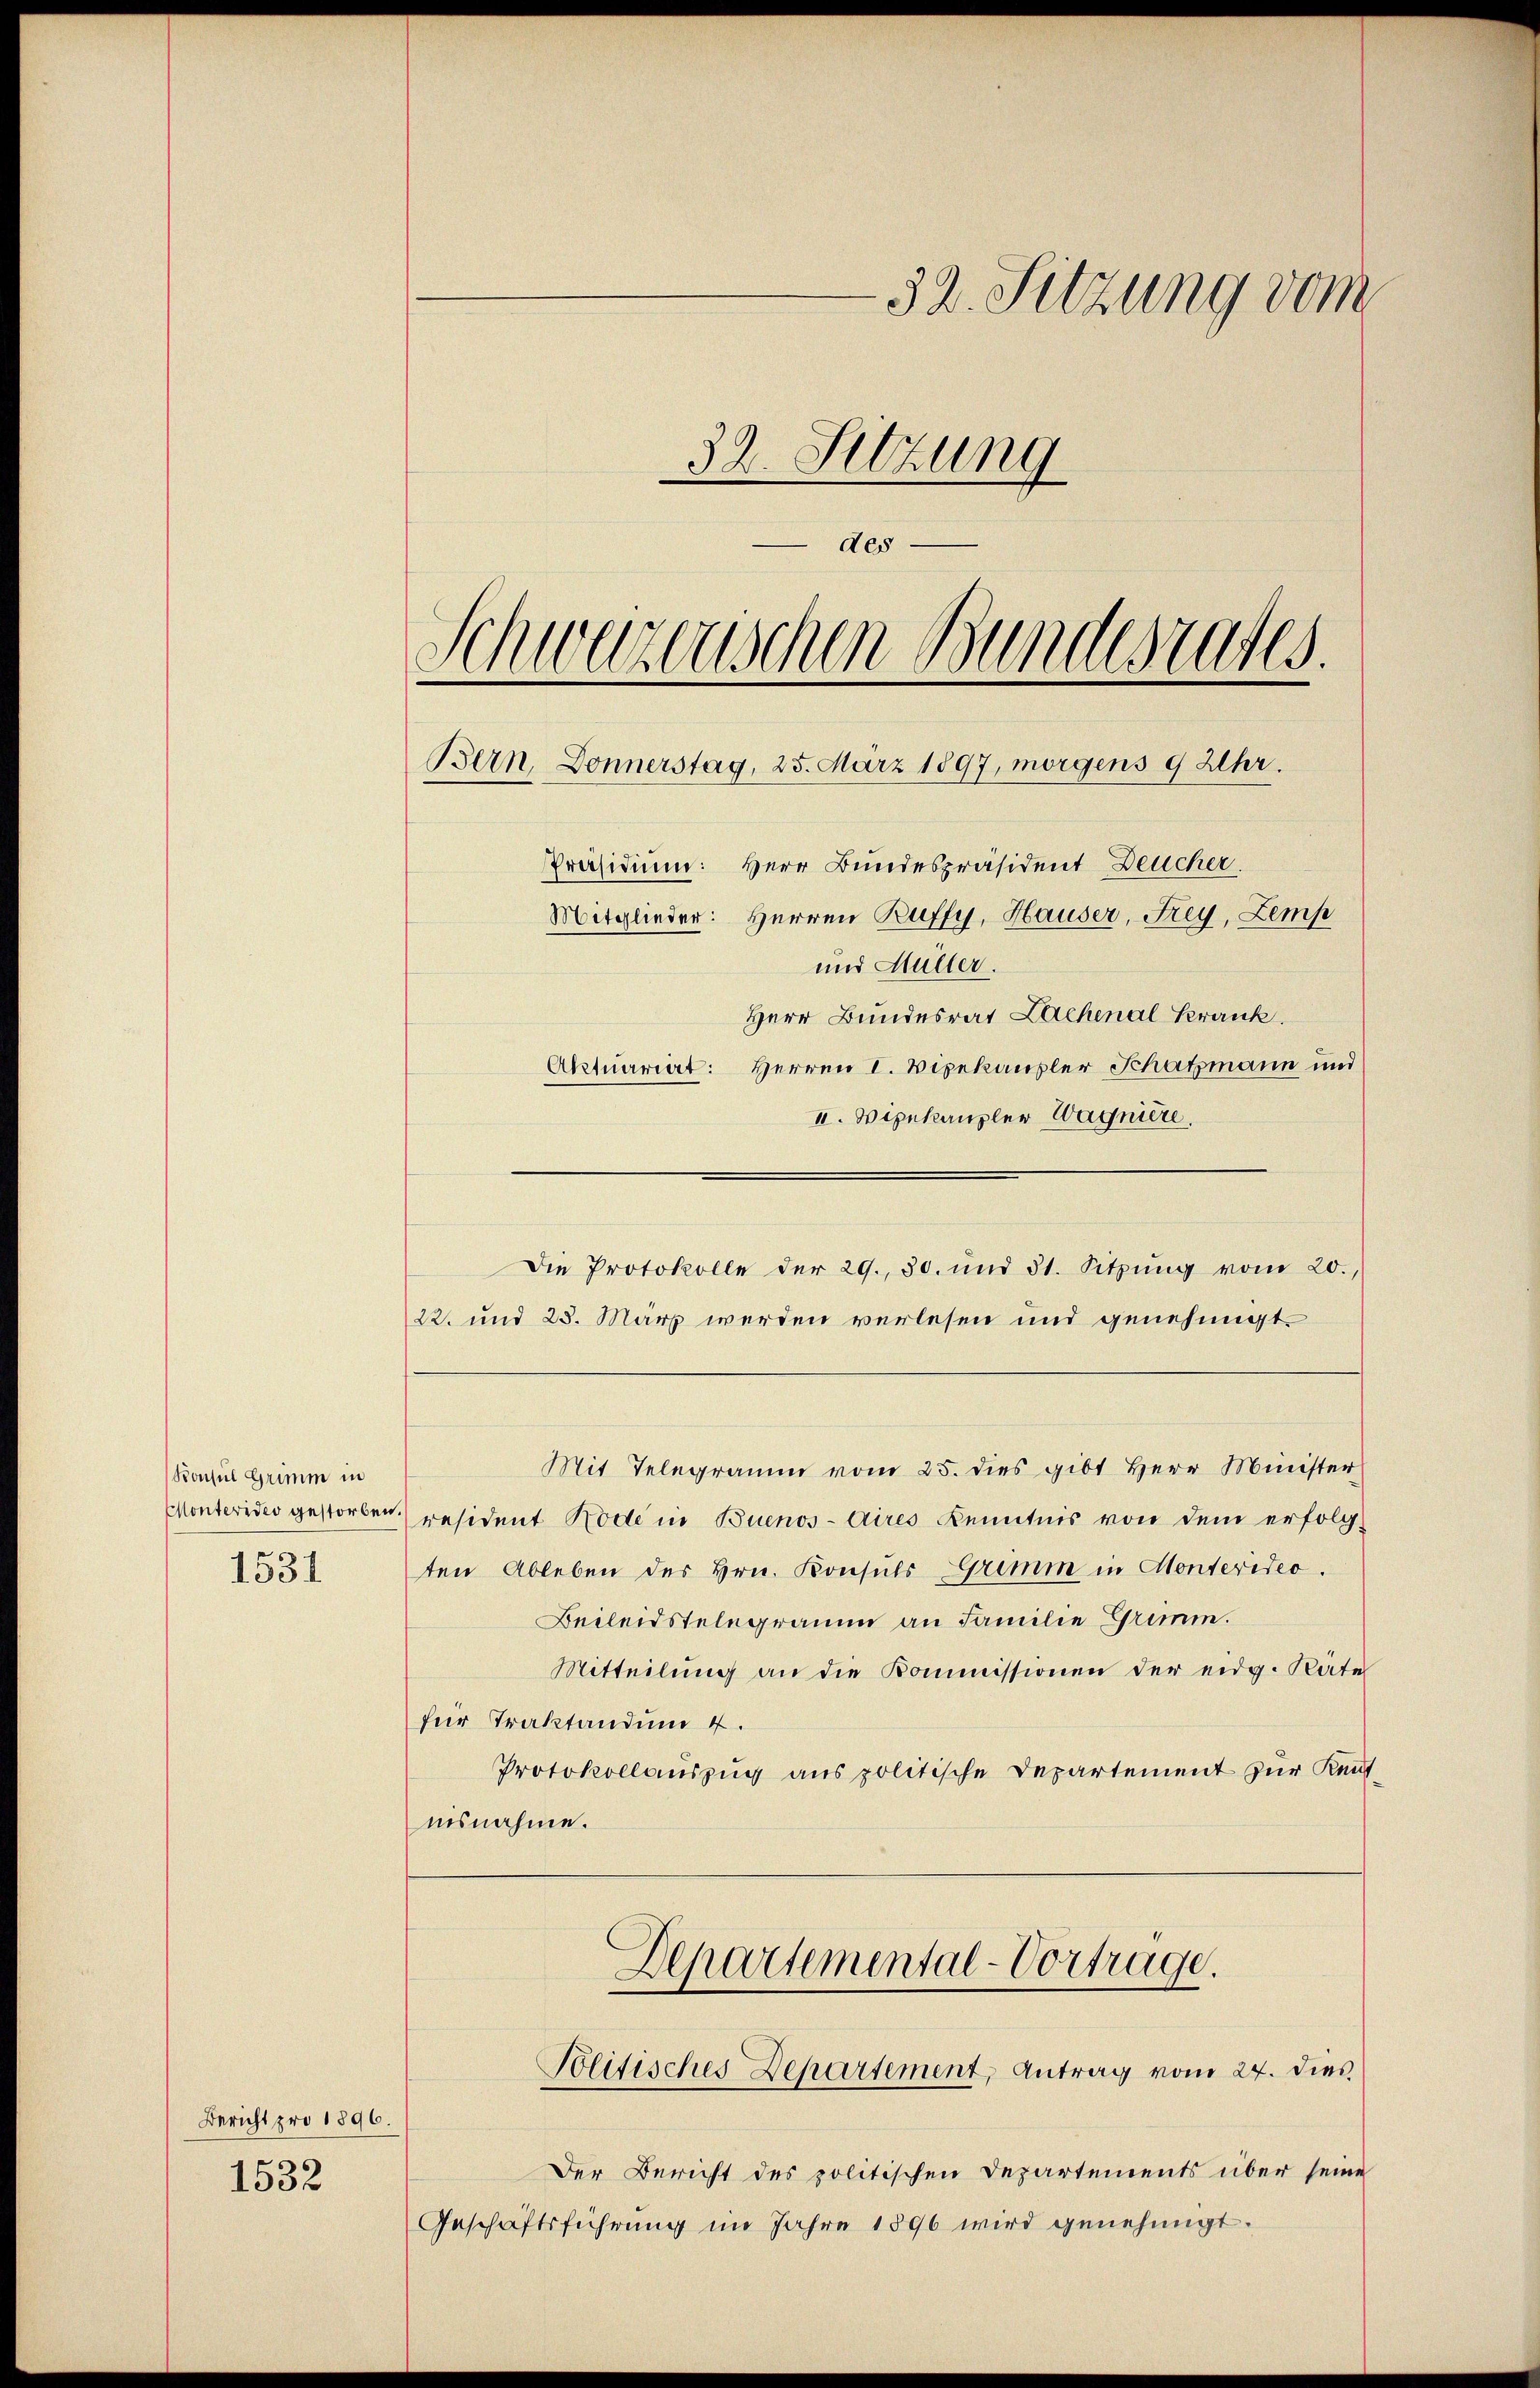
Bonsul Grimm in
1531

Bericht pro 1896.
1532

32. Sitzung vom
32. Sitzung
des
Schwazenischen Bundesrates.
Bern, Donnerstag, 25. März 1897, morgens 9 Uhr.
Präsidium: Herr Bundespräsident Deucher.
Mitglieder: Herren Ruffy, Hauser, Frey, Zemp
und Müller.
Herr Bundesrat Lachenal Krank.
Aktuariat: Herren I. Vizekansler Schatzmann und
II. Wipekanzler Wagnière.

Die Protokolle der 29. 30. und 31. Sitzŭng vom 20.
22. und 23. März werden verlesen und genehmigt.
Mit Telegramm vom 25. dies gibt Herr Minister
Montevideo gestorben, resident Rode in Buenos-Aires Kenntnis von dem erfolg-
ten Ableben des Hrn. Konsuls Grimm in Montevideo.
Beileidstelegramm an Familie Grimm.
Mitteilŭng an die Kommissionen der eidg. Räte
für Traktandum 4.
Protokollauszug aus politische Departement zur Kennisnahme.

Departemental-Vortrage.
Politisches Departement, Antrag vom 24. dies

Der Bericht des politischen Departements über seine
Geschäftsführŭng im Jahre 1896 wird genehmigt.